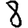
Digit: 8